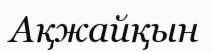
Ақжайқын